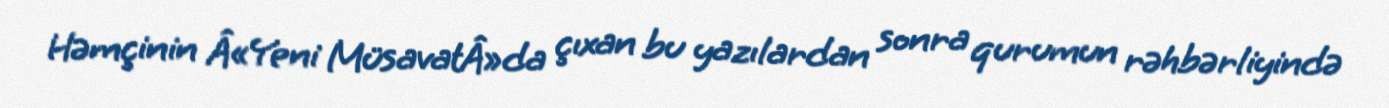
Həmçinin Â«Yeni MüsavatÂ»da çıxan bu yazılardan sonra qurumun rəhbərliyində